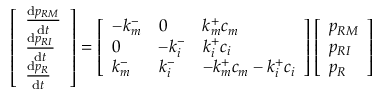
\left[ \begin{array} { l } { \frac { \mathrm { d } p _ { R M } } { \mathrm { d } t } } \\ { \frac { \mathrm { d } p _ { R I } } { \mathrm { d } t } } \\ { \frac { \mathrm { d } p _ { R } } { \mathrm { d } t } } \end{array} \right] = \left[ \begin{array} { l l l } { - k _ { m } ^ { - } } & { 0 } & { k _ { m } ^ { + } c _ { m } } \\ { 0 } & { - k _ { i } ^ { - } } & { k _ { i } ^ { + } c _ { i } } \\ { k _ { m } ^ { - } } & { k _ { i } ^ { - } } & { - k _ { m } ^ { + } c _ { m } - k _ { i } ^ { + } c _ { i } } \end{array} \right] \left[ \begin{array} { l } { p _ { R M } } \\ { p _ { R I } } \\ { p _ { R } } \end{array} \right]